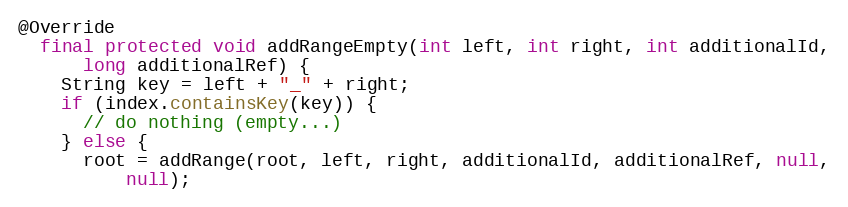
Language: Java
@Override
  final protected void addRangeEmpty(int left, int right, int additionalId,
      long additionalRef) {
    String key = left + "_" + right;
    if (index.containsKey(key)) {
      // do nothing (empty...)
    } else {
      root = addRange(root, left, right, additionalId, additionalRef, null,
          null);